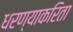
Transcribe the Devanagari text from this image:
धरण्याकरिता